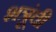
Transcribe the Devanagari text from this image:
शत्रूंची